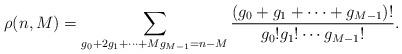
LaTeX: \begin{align*}\rho (n,M)=\sum_{g_{0}+2g_{1}+\cdots +Mg_{M-1}=n-M}\frac{(g_{0}+g_{1}+\cdots+g_{M-1})!}{g_{0}!g_{1}!\cdots g_{M-1}!}.\end{align*}